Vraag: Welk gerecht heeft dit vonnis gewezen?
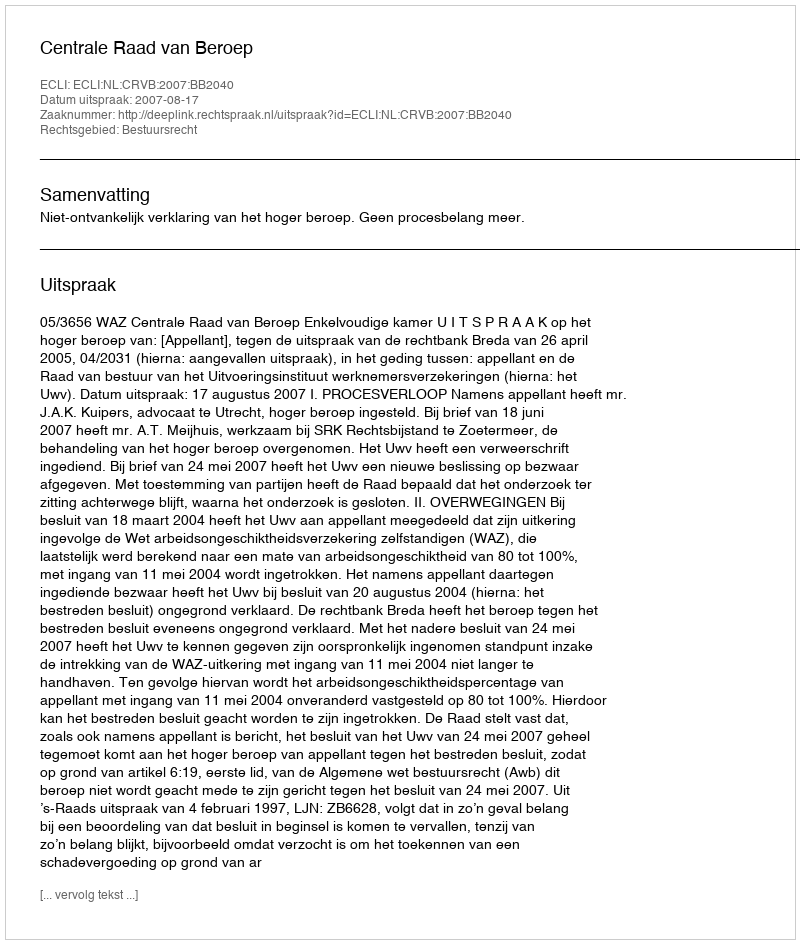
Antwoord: Centrale Raad van Beroep